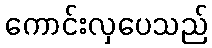
ကောင်းလှပေသည်